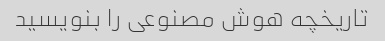
تاریخچه هوش مصنوعی را بنویسید